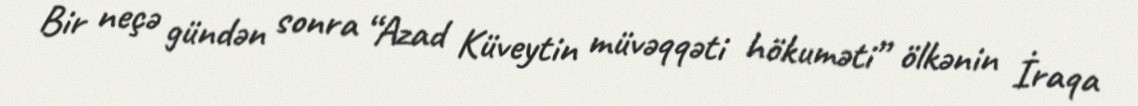
Bir neçə gündən sonra “Azad Küveytin müvəqqəti hökuməti” ölkənin İraqa